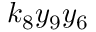
k _ { 8 } y _ { 9 } y _ { 6 }